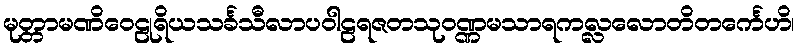
မုတ္တာမဏိဝေဠုရိယသင်္ခသီလာပဝါဠရဇတသုဝဏ္ဏမသာရကလ္လလောတိတင်္ကေဟိ၊